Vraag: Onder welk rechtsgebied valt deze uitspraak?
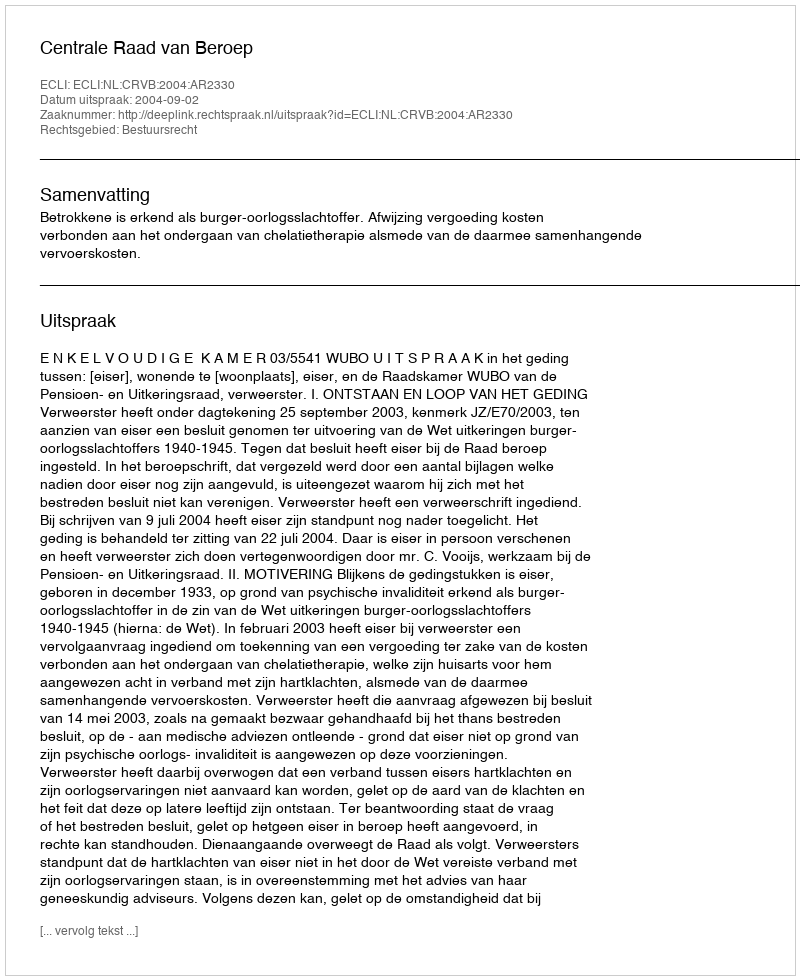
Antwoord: Bestuursrecht